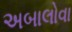
અબાલોવા